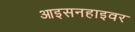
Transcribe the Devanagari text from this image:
आइसनहाइवर